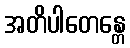
အတိပါတေန္တေ